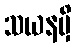
သယနမှိ